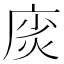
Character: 𫷲